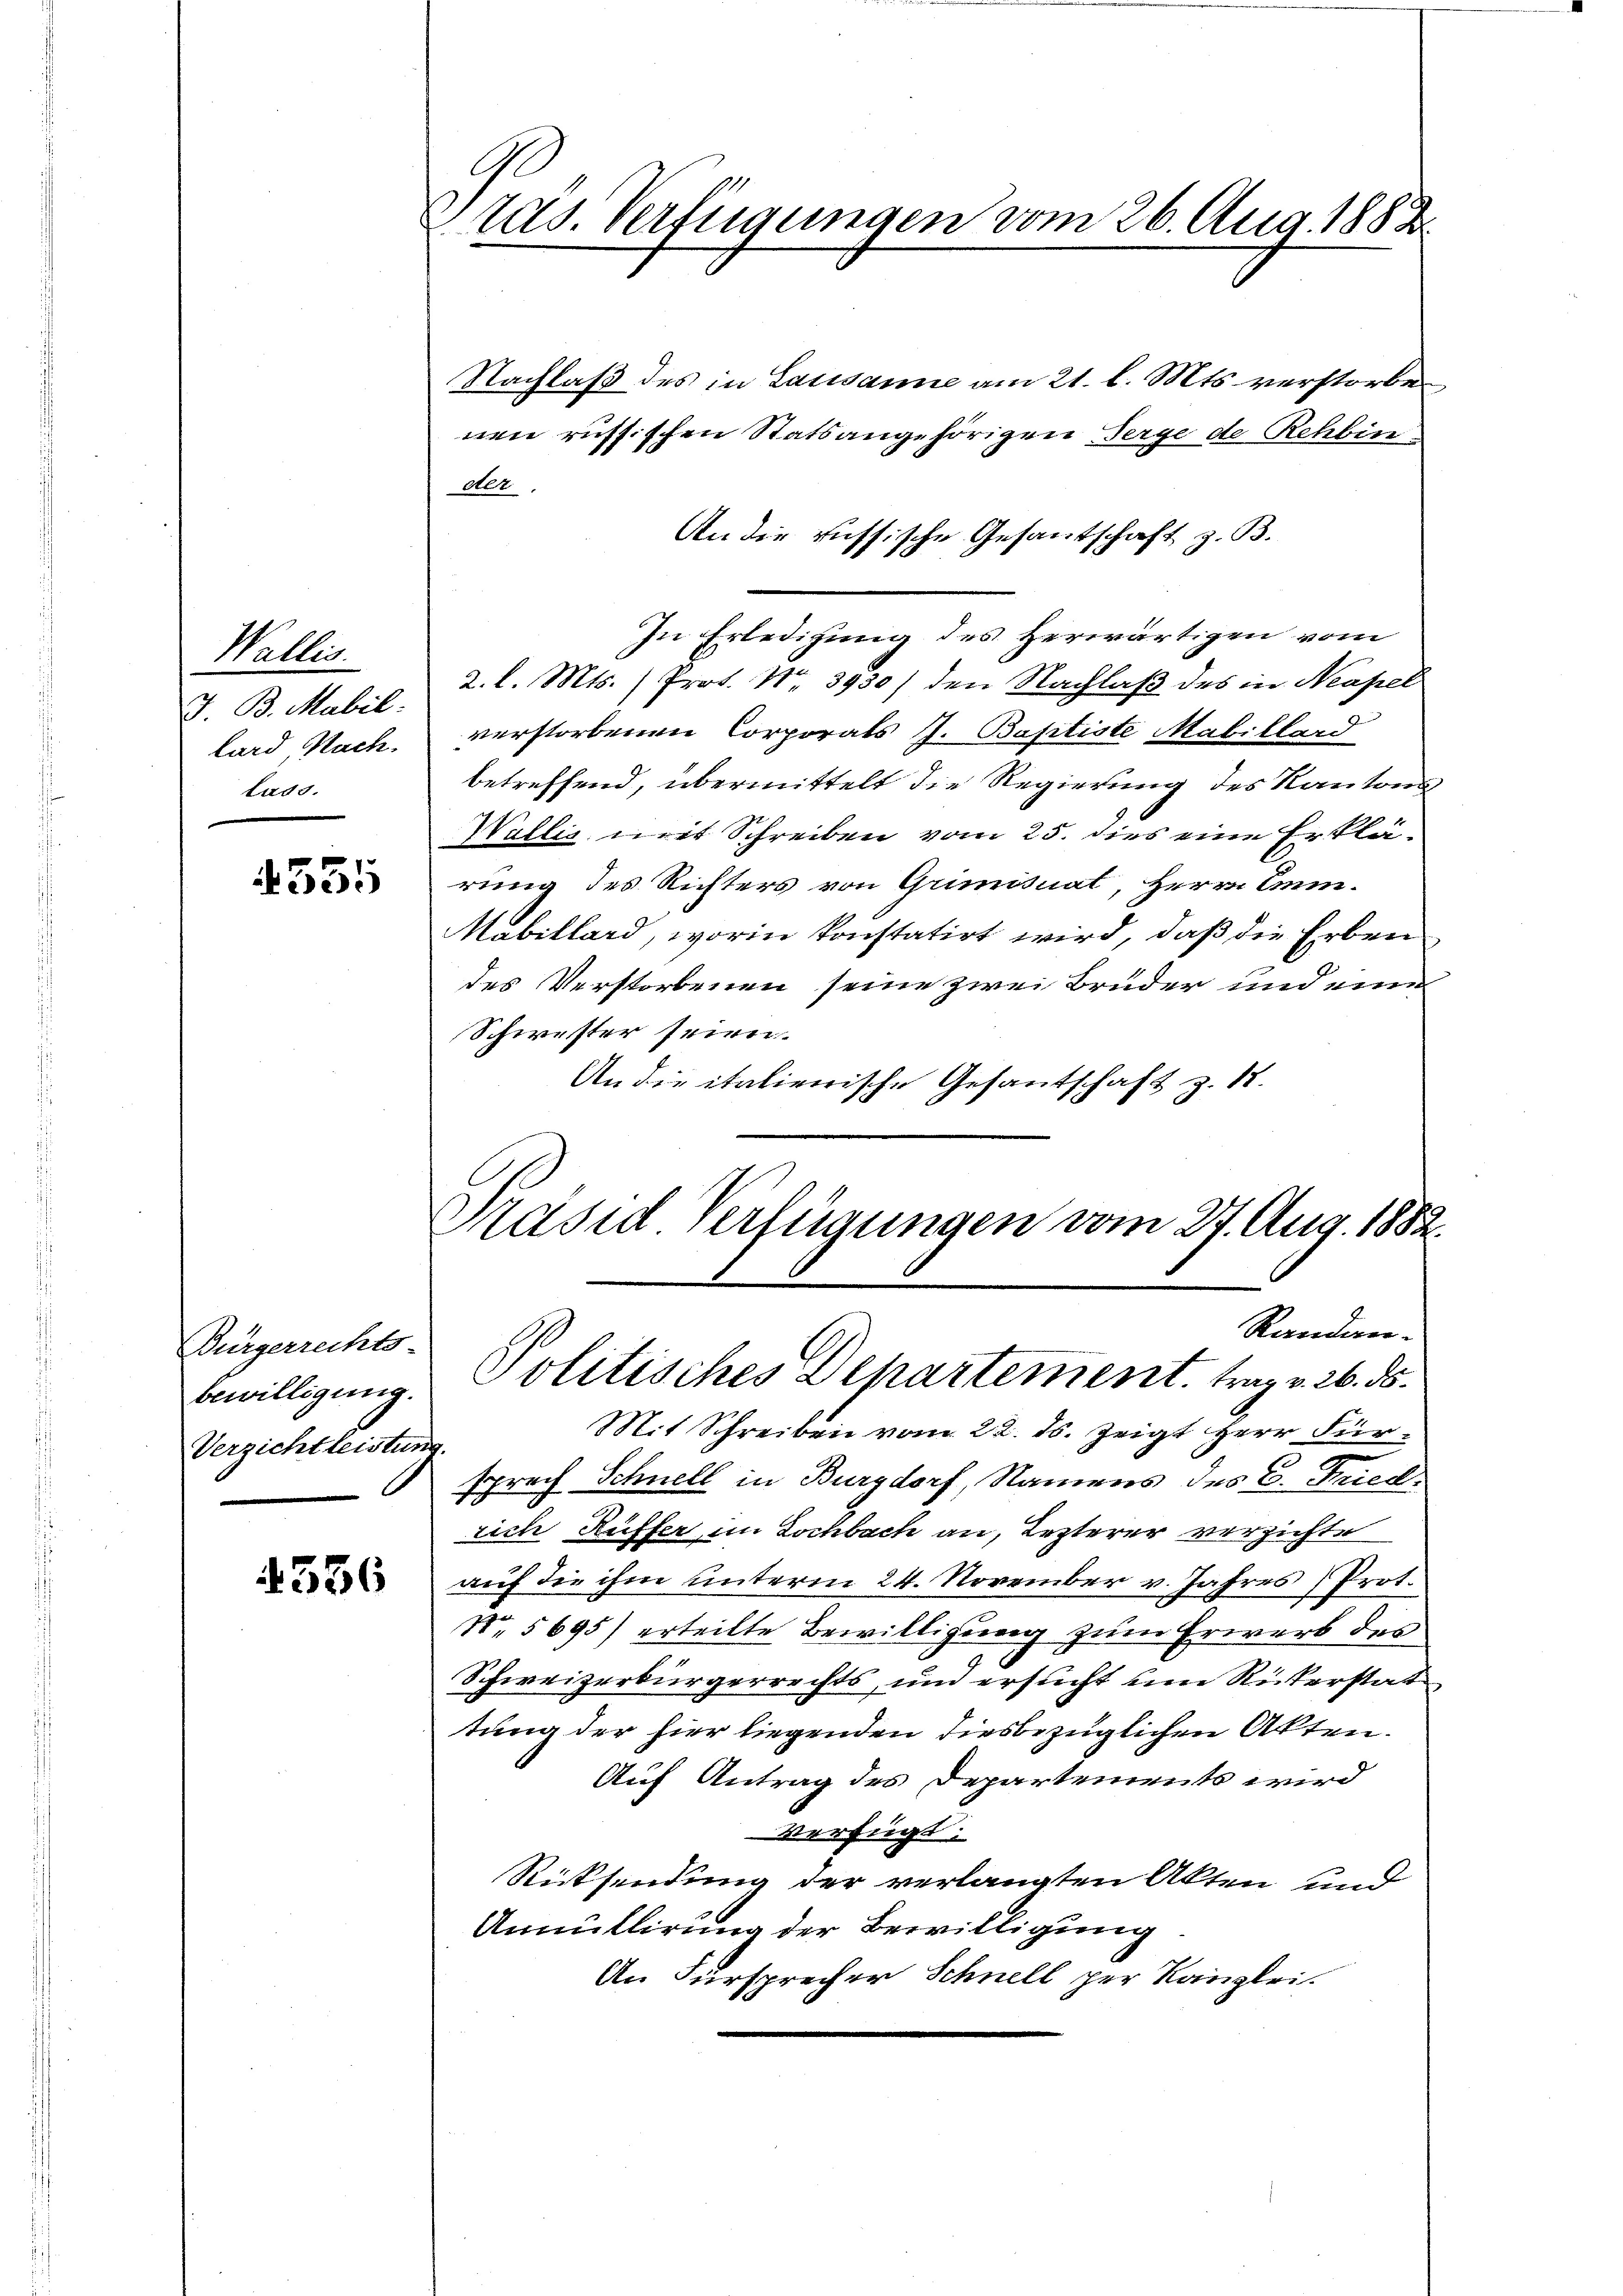
Wallis.
V. B. Mabil:
lard, Nach.
tass.

4555

Bürgerrechts
bewilligung.
Verzichtleistung.

4556

tas. Verfügungen vom 26. Aug. 1883

Nachlaß des in Lausanne am 21. l. Mts. verstorben
nen russischen Statsangehörigen Serge de Rehbin
der.
An die russische Gesantschaft z. B.
In Erledigung des Herwärtigen vom
2. l. Mts. ) Prot. Nr. 3930) den Nachlaß des in Neapel
verstorbenen Corporats J. Baptiste Mabillard
betreffend, übermittelt die Regierung des Kantons
Wallis mit Schreiben vom 25. dies eine Erklärung des Richters von Grimisuat, Herrn Am¬
Mabillard, worin konstatirt wird, daß die Erben
des Verstorbenen seine zwei Brüder und eine
Schwester seien.
An die italienische Gesantschaft z. 18.
Präsid Verfügungen vom 27. Aug. 1882.

Randan¬
Politisches Departement trag v. 26. ds.

Mit Schreiben vom 22. ds. zeigt Herr Fürsprech Schnell in Burgdorf, Namens des C. Friedrich Ruffer im Lochbach an, Lezterer verzichte
auf die ihm unterm 24. November v. Jahres Prot.
N 5695) erteilte Bewilligung zum Erwerb des
Schweizerbürgerrechts, und ersucht um Rickerstat
tung der hier liegenden diesbezüglichen Akten.
Auf Antrag des Departements wird
Verfügt:
Rücksendung der verlangten Akten und
Annullirung der Bewilligung
An Fürsprecher Schnell per Kanzlei.